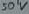
Text: 50V